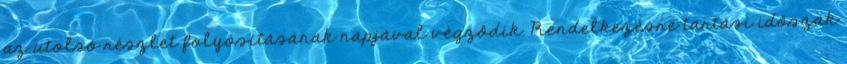
az utolsó részlet folyósításának napjával végződik. Rendelkezésre tartási időszak